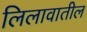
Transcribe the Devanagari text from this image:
लिलावातील